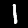
Label: 1